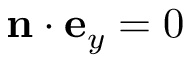
\mathbf { n } \cdot \mathbf { e } _ { y } = 0